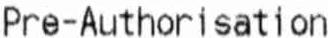
PRE-AUTHORISATION